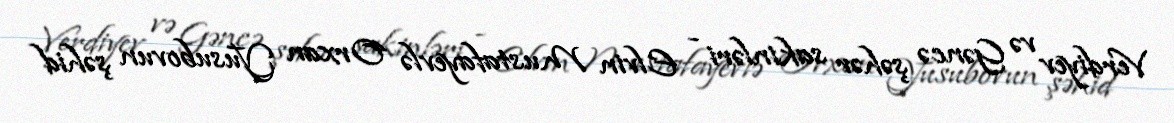
Verdiyev və Gəncə şəhər sakinləri - Elvin Mustafayevlə Orxan Yusubovun şəhid